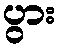
ပွား